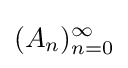
(A_{n})_{n=0}^{\infty }